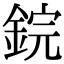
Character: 鋎